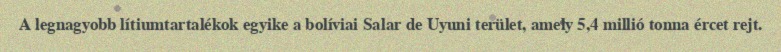
A legnagyobb lítiumtartalékok egyike a bolíviai Salar de Uyuni terület, amely 5,4 millió tonna ércet rejt.